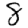
Digit: 8